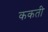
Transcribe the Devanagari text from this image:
ककती